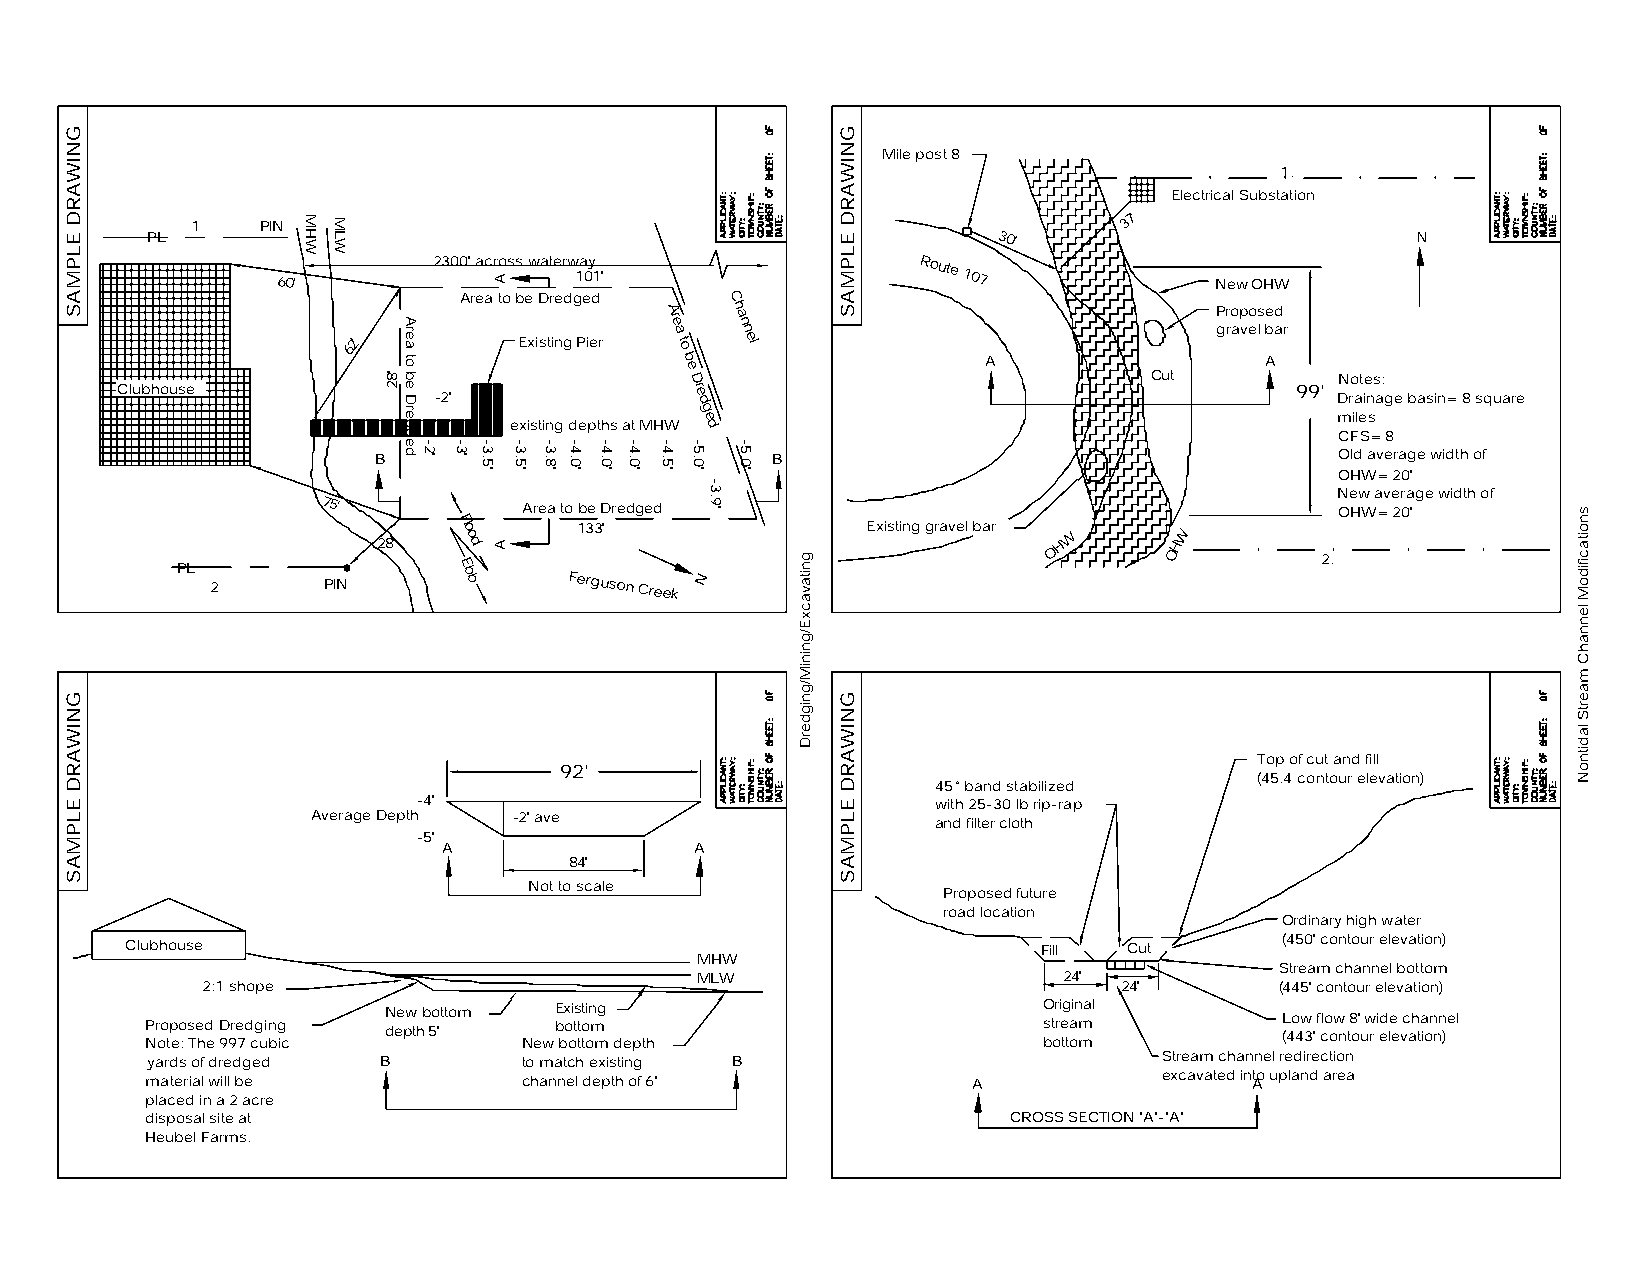
Mile post 8
 1.
 Electrical Substation
 1   PIN                                                      3'7
 PL                                                      30'                         N
 60'
 2300' across waterw 1a 0y
 1'
 Route
 107             New OHW
 Area to be Dredged C
 A re a h a n n                      P gr ro ap veo ls be ad r
 6'2        Existing Pier to el
 b                   A                  A
 e D                            Cut          Notes:
 Clubhouse            -2'              re d                                    99' Drainage basin= 8 square
 existing depths at MHW g e d                          miles
 CFS= 8
 B                         B                                     Old average width of
 OHW= 20'
 New average width of
 75'           Area to be Dredged                                    OHW= 20'
 28'  Flo o d 133'               Existing gravel bar O H W OHW
 2.
 PL 2     PIN      E b b   Ferguson Creek N
 Top of cut and fill
 92'
 (45.4 contour elevation)
 45° band stabilized
 -4'                               with 25-30 lb rip-rap
 Average Depth -2' ave                    and filter cloth
 -5'
 A                A
 84'
 Not to scale
 Proposed future
 road location
 Ordinary high water
 (450' contour elevation)
 Clubhouse                                                    Fill  Cut
 MHW
 Stream channel bottom
 MLW                     24'
 2:1 shope                                                    24'        (445' contour elevation)
 P Nr oo tp eo : s Te hd e 9D 9re 7d cg uin bg ic N dee pw th b 5o ' ttom NewE b bx o oi ts t to tt oin m mg depth O s b t or ri e tg ta oin m mal L (4o 4w 3 ' f clo ow n t8 o' u w r i ed le e vc ah ta ion nn )el
 yards of dredged B       to match existing B                       Stream channel redirection
 material will be         channel depth of 6'          A            excavated int Ao upland area
 placed in a 2 acre
 disposal site at                                         CROSS SECTION "A"-"A"
 Heubel Farms.
 GNIWARD
 ELPMAS
 GNIWARD
 ELPMAS
 MHW MLW
 '82
 Area
 to
 be
 Dredged
 -2' -3' -3.5'
 A
 A
 -3.5' -3.8' -4.0' -4.0' -4.0' -4.5' -5.0'
 -3.9'
 -5.0'
 gnitavacxE/gniniM/gnigderD
 GNIWARD
 ELPMAS
 GNIWARD
 ELPMAS
 snoitacifidoM
 lennahC
 maertS
 laditnoN